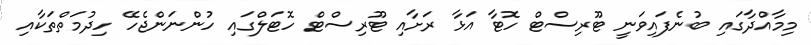
މިމާއްދާގައި ބުނެފައިވަނީ ޓޫރިސްޓް ހޮޓާ އަޅާ ރަށާއި ޓޫރިސްޓް ހޮޓަލްގައި ހުންނަންޖެހޭ ހިދުމަތްތަކާއި